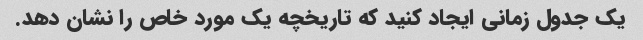
یک جدول زمانی ایجاد کنید که تاریخچه یک مورد خاص را نشان دهد.